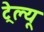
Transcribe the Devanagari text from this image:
ट्रेल्यू